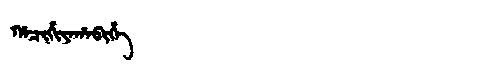
Manchu: ᡥᠠᠴᡳᡥᡳᠶᠠᡥᠠᠪᡳᡥᡝ
Romanization: HACIHIYAHABIHE